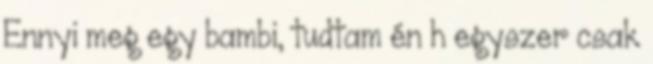
Ennyi meg egy bambi, tudtam én h egyszer csak